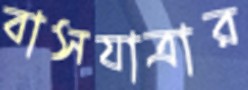
বাসযাত্রার